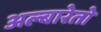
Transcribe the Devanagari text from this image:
अल्बारेतो